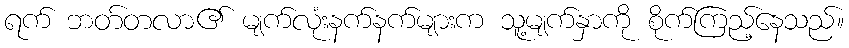
ရက် ဘတ်တလာ၏ မျက်လုံးနက်နက်များက သူ့မျက်နှာကို စိုက်ကြည့်နေသည်။